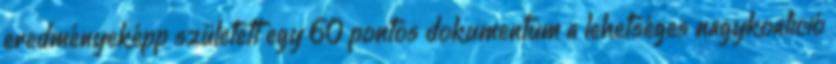
eredményeképp született egy 60 pontos dokumentum a lehetséges nagykoalíció